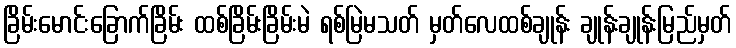
ခြိမ်းမောင်းခြောက်ခြိမ်း ထစ်ခြိမ်းခြိမ်းမဲ ရစ်မြဲမသတ် မှတ်လေထစ်ချုန်း ချုန်းချုန်းမြည်မှတ်